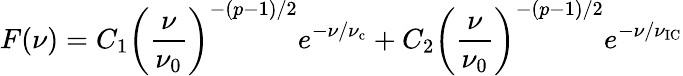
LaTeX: F(\nu)=C_{1}\left(\frac{\nu}{\nu_{0}}\right)^{-(p-1)/2}e^{-\nu/\nu_{\mathrm{c}}}+C_{2}\left(\frac{\nu}{\nu_{0}}\right)^{-(p-1)/2}e^{-\nu/\nu_{\mathrm{IC}}}